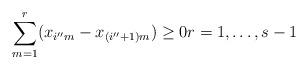
LaTeX: \begin{align*}\sum_{m=1}^{r}({x_{i''m}-x_{(i''+1)m}})\geq0 r=1,\ldots,s-1\end{align*}